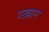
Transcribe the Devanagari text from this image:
पख्यान